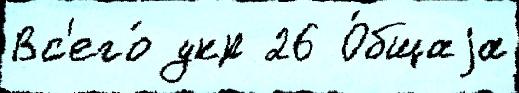
Вс'его́ укр 26 О́бщаjа